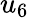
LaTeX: u_{6}